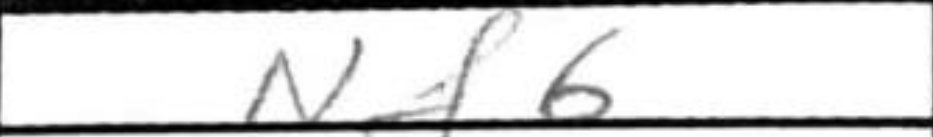
Transcription: Nf6